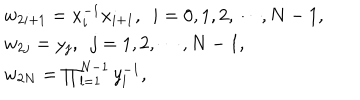
\begin{array} { l } { { w _ { 2 i + 1 } = x _ { i } ^ { - 1 } x _ { i + 1 } , ~ ~ i = 0 , 1 , 2 , \cdots , N - 1 , } } \\ { { w _ { 2 j } = y _ { j } , ~ ~ j = 1 , 2 , \cdots , N - 1 , } } \\ { { w _ { 2 N } = \prod _ { l = 1 } ^ { N - 1 } y _ { l } ^ { - 1 } , } } \\ \end{array}